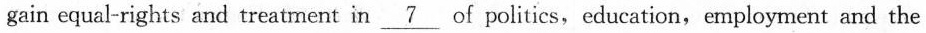
gain equal-rights and treatment in\underline{7}of politics,education,employment and the